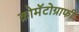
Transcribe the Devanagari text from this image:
क्रोमॅटोग्राफी